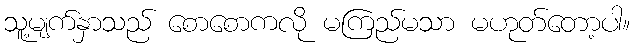
သူ့မျက်နှာသည် စောစောကလို မကြည်မသာ မဟုတ်တော့ပါ။